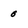
Character: 0